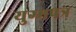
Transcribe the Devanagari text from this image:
युग्मपत्र